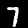
Label: 7